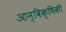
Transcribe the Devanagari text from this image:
आन्विक्षिकी